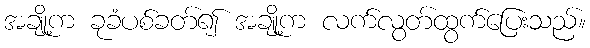
အချို့က ခုခံပစ်ခတ်၍ အချို့က လက်လွတ်ထွက်ပြေးသည်။